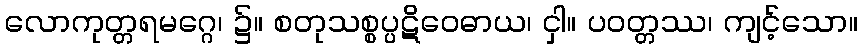
လောကုတ္တရမဂ္ဂေ၊ ၌။ စတုသစ္စပ္ပဋိဝေဓာယ၊ ငှါ။ ပဝတ္တဿ၊ ကျင့်သော။